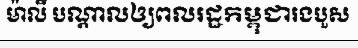
ម៉ាលី បណ្តាលឲ្យពលរដ្ឋកម្ពុជារងបួស